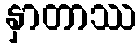
နှာတာဿ